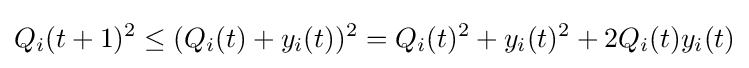
Q_{i}(t+1)^{2}\leq (Q_{i}(t)+y_{i}(t))^{2}=Q_{i}(t)^{2}+y_{i}(t)^{2}+2Q_{i}(t)y_{i}(t)